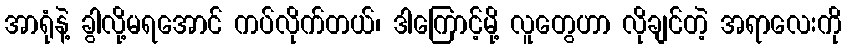
အာရုံနဲ့ ခွါလို့မရအောင် ကပ်လိုက်တယ်၊ ဒါကြောင့်မို့ လူတွေဟာ လိုချင်တဲ့ အရာလေးကို